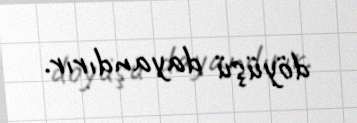
döyüşü dayandırır.